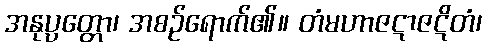
အနုပ္ပတ္တော၊ အစဉ်ရောက်၏။ တံမဟာဇဋာဇဋိတံ၊